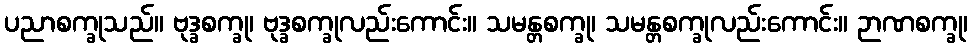
ပညာစက္ခုသည်။ ဗုဒ္ခစက္ခု၊ ဗုဒ္ခစက္ခုလည်းကောင်း။ သမန္တစက္ခု၊ သမန္တစက္ခုလည်းကောင်း။ ဉာဏစက္ခု၊